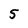
Character: 5